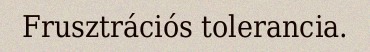
Frusztrációs tolerancia.